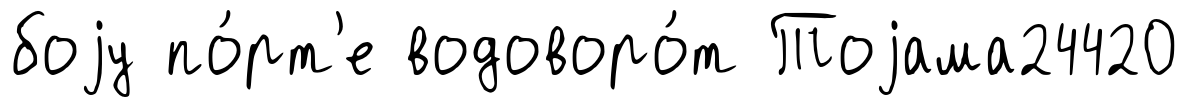
боjу по́рт'е водоворо́т Тоjама24420